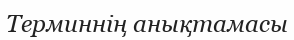
Терминнің анықтамасы